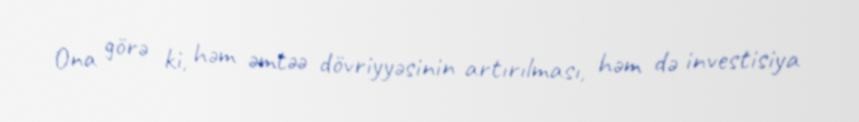
Ona görə ki, həm əmtəə dövriyyəsinin artırılması, həm də investisiya